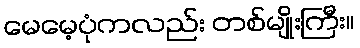
မေမေ့ပုံကလည်း တစ်မျိုးကြီး။